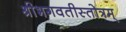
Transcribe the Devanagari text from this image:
श्रीभगवतीस्तोत्रम्